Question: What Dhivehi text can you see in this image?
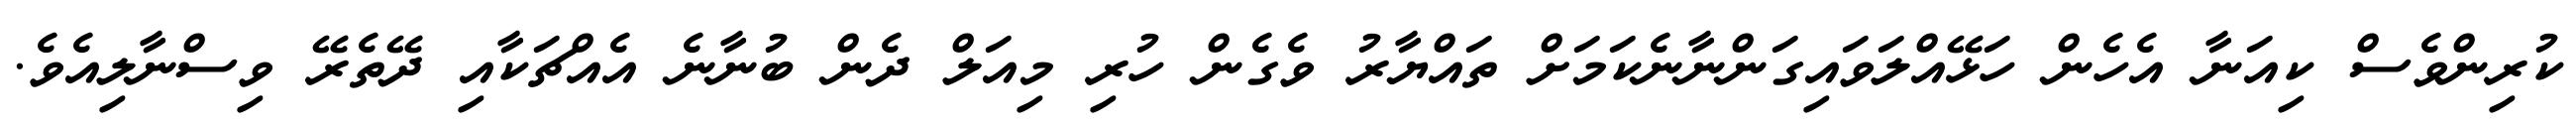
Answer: ކުރިންވެސް ކިއަނާ އެހެން ހަޅޭއްލަވައިގަންނާނެކަމަށް ތައްޔާރު ވެގެން ހުރި މިއަލް ދެން ބުނާނެ އެއްޗަކާއި ދޭތެރޭ ވިސްނާލިއެވެ.